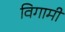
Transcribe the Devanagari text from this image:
विगामी